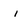
Character: i